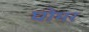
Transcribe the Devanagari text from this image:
घोमर